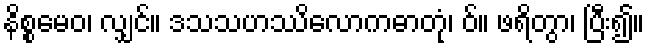
နိစ္စမေဝ၊ လျှင်။ ဒသသဟဿိလောကဓာတုံ၊ ဝ်။ ဖရိတွာ၊ ပြီး၍။